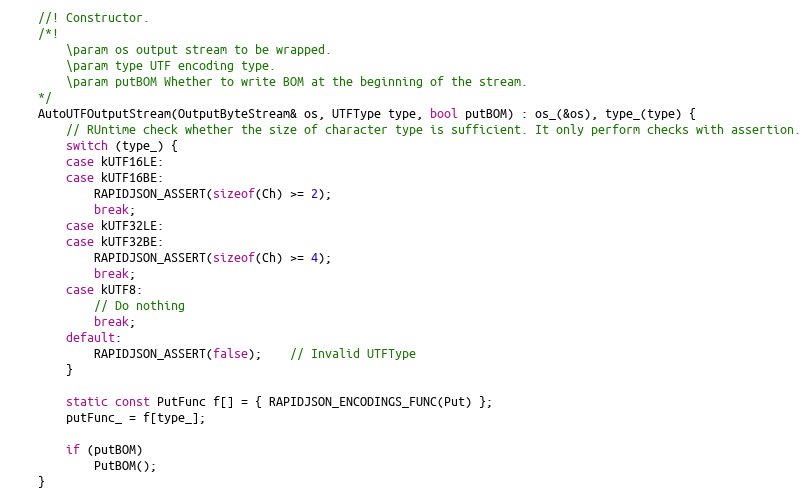
Language: C
    //! Constructor.
    /*!
        \param os output stream to be wrapped.
        \param type UTF encoding type.
        \param putBOM Whether to write BOM at the beginning of the stream.
    */
    AutoUTFOutputStream(OutputByteStream& os, UTFType type, bool putBOM) : os_(&os), type_(type) {
        // RUntime check whether the size of character type is sufficient. It only perform checks with assertion.
        switch (type_) {
        case kUTF16LE:
        case kUTF16BE:
            RAPIDJSON_ASSERT(sizeof(Ch) >= 2);
            break;
        case kUTF32LE:
        case kUTF32BE:
            RAPIDJSON_ASSERT(sizeof(Ch) >= 4);
            break;
        case kUTF8:
            // Do nothing
            break;
        default:
            RAPIDJSON_ASSERT(false);    // Invalid UTFType
        }

        static const PutFunc f[] = { RAPIDJSON_ENCODINGS_FUNC(Put) };
        putFunc_ = f[type_];

        if (putBOM)
            PutBOM();
    }